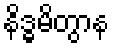
နိဒ္ဓမိတွာန